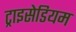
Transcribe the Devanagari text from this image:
ट्राइसेडियम